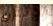
الإثنان